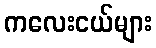
ကလေးငယ်များ